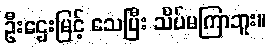
ဦးဌေးမြင့် သေပြီး သိပ်မကြာဘူး။